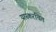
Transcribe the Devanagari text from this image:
यास्करचित